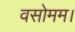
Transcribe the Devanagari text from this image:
वसोमम।